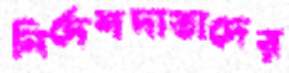
নির্দেশদাতাদের